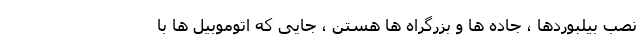
نصب بیلبوردها ، جاده ها و بزرگراه ها هستن ، جایی که اتوموبیل ها با